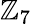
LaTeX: \mathbb{Z}_{7}